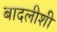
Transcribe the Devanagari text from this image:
बादलीशी